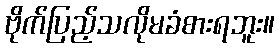
ဗိုက်ပြည့်သလိုမခံစားရဘူး။